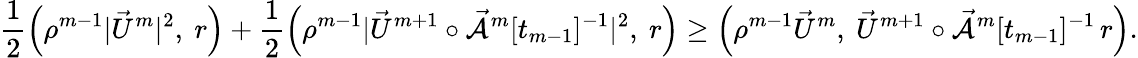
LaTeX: \frac{1}{2}\Bigl(\rho^{m-1}|\vec{U}^{m}|^{2},~r\Bigr)+\frac{1}{2}\Bigl(\rho^{m-1}|\vec{U}^{m+1}\circ\mathcal{\vec{A}}^{m}[t_{m-1}]^{-1}|^{2},~r\Bigr)\geq\Bigl(\rho^{m-1}\vec{U}^{m},~\vec{U}^{m+1}\circ\mathcal{\vec{A}}^{m}[t_{m-1}]^{-1}\, r\Bigr).